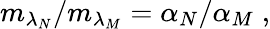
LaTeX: m_{\lambda_{N}}/m_{\lambda_{M}}=\alpha_{N}/\alpha_{M}\; ,